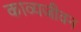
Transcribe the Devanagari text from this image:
काव्यजीवन